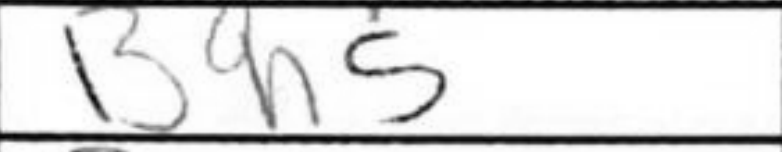
Transcription: Bh5